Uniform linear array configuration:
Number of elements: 16
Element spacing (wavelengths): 0.5
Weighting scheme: exponential
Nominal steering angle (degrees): -15
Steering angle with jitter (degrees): -16.295
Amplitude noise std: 0.05
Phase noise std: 0.05

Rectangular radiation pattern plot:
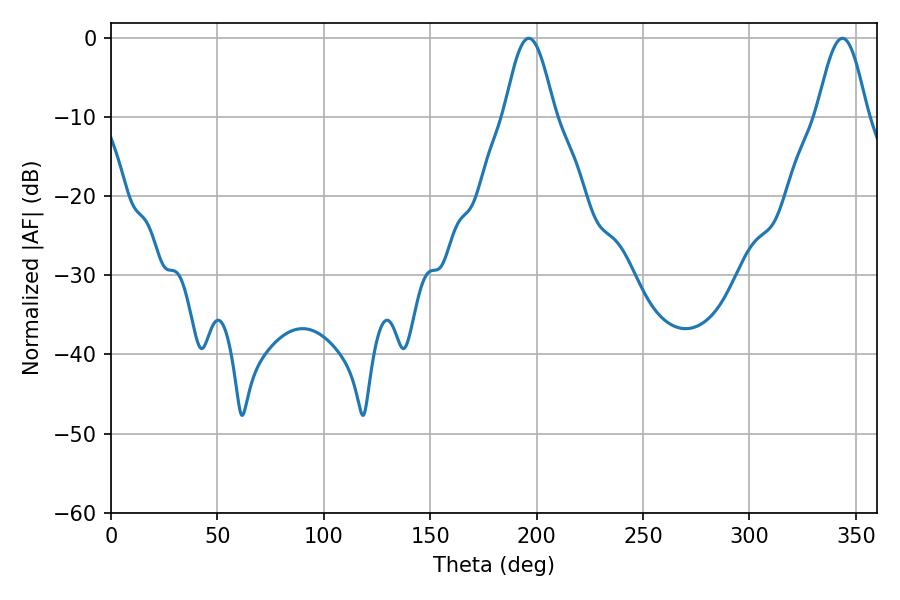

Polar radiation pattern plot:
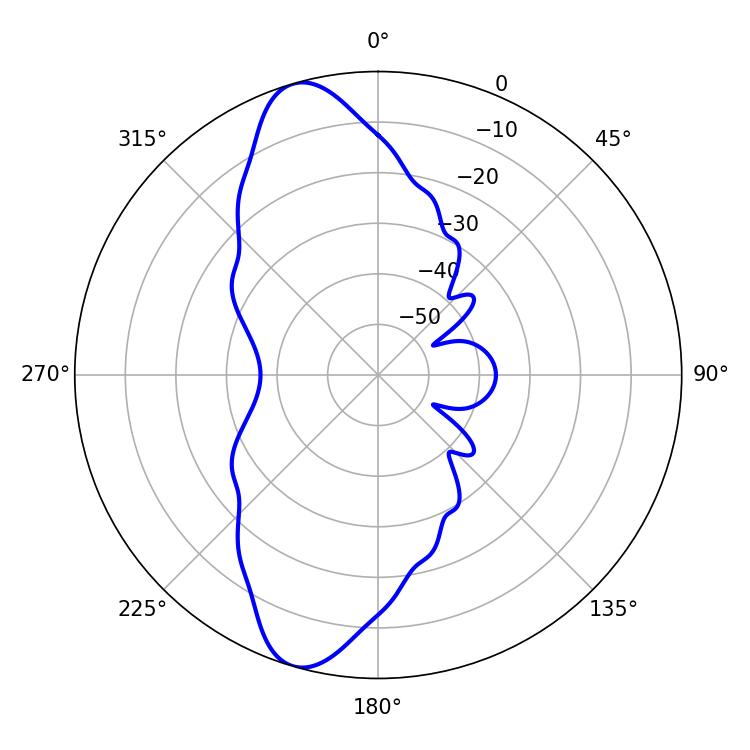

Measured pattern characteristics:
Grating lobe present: FALSE
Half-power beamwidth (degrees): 12.6
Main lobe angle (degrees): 196.38